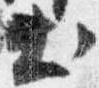
出